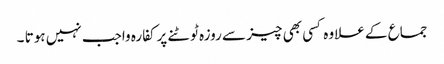
جماع کے علاوہ کسی بھی چیز سے روزہ ٹوٹنے پرکفارہ واجب نہیں ہوتا ۔